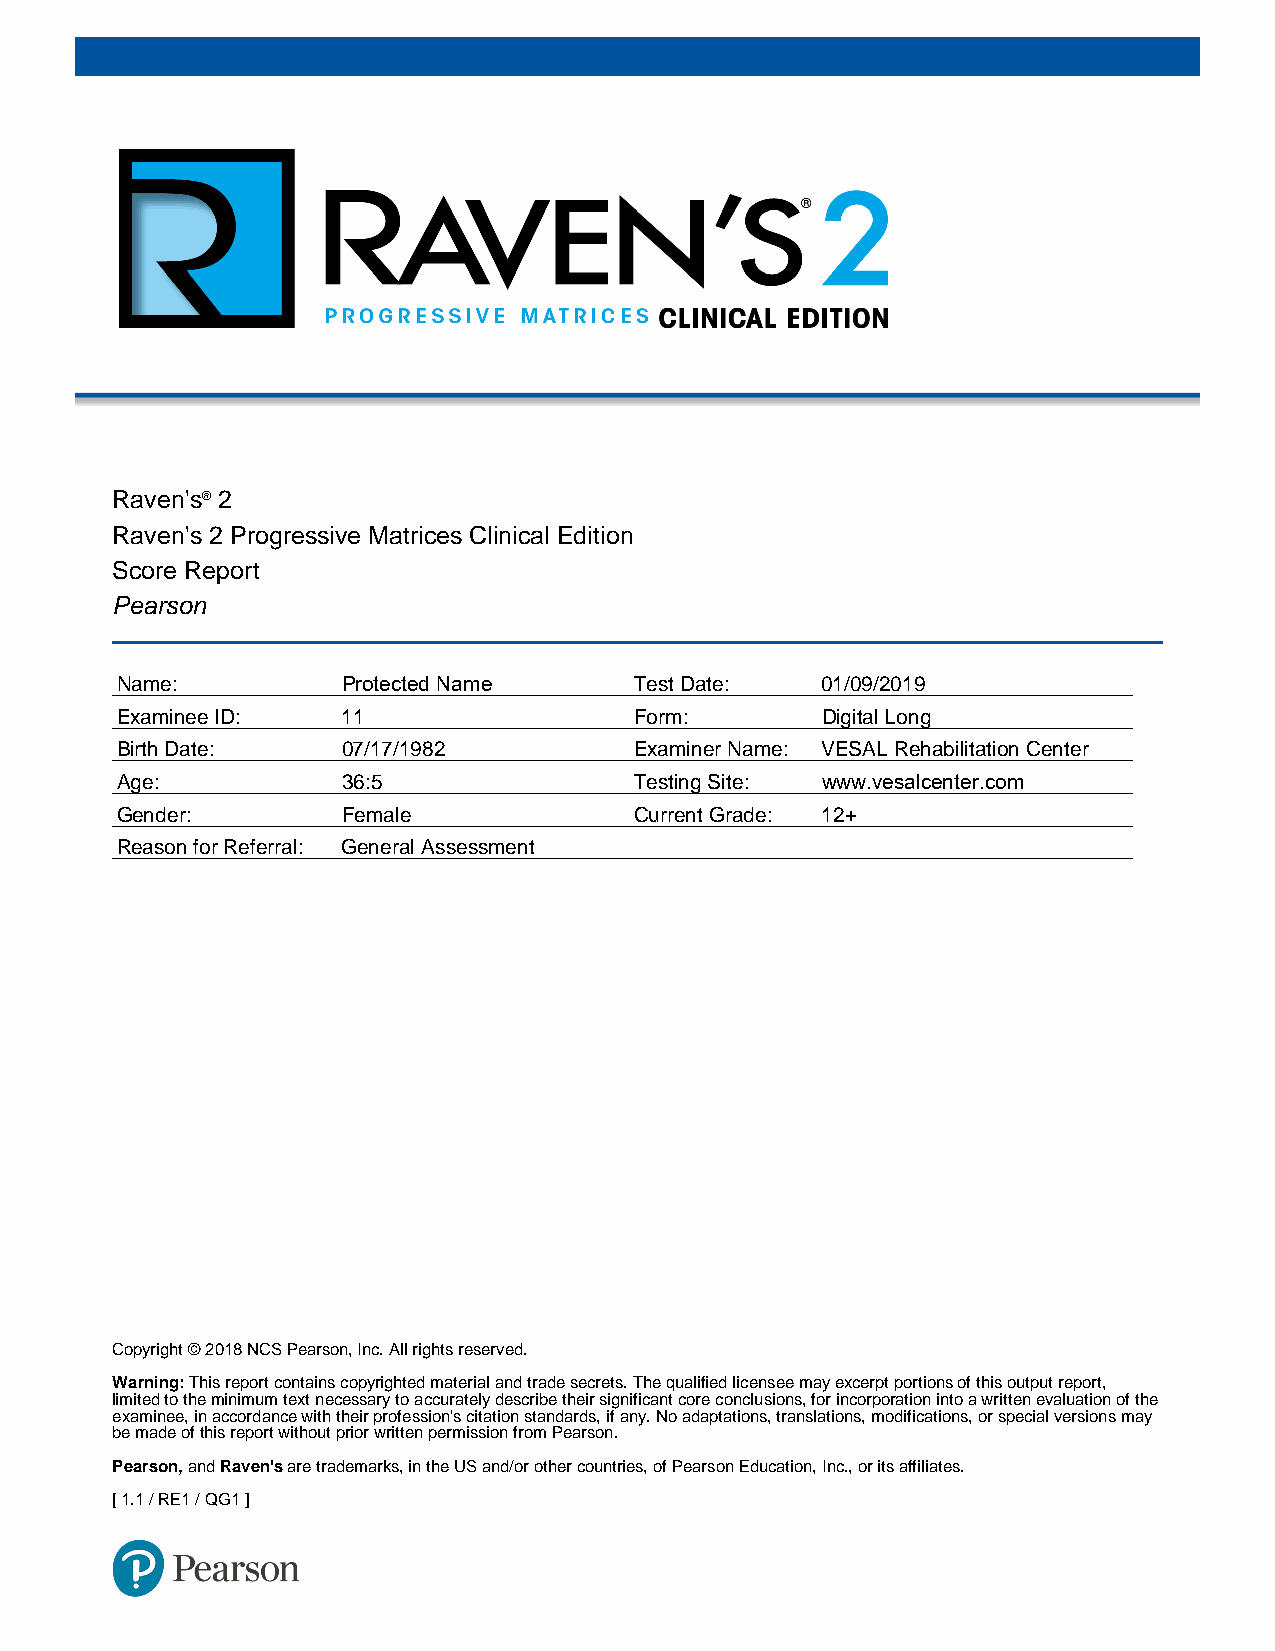
R aven's® 2
 R aven's 2 Progressive Matrices Clinical Edition
 S core Report
 Pearson
 Name:          Protected Name     Test Date:  01/09/2019
 Examinee ID:   11                 Form:       Digital Long
 Birth Date:    07/17/1982         Examiner Name: VESAL Rehabilitation Center
 Age:           36:5               Testing Site: www.vesalcenter.com
 Gender:        Female             Current Grade: 12+
 Reason for Referral: General Assessment
 Copyright © 2018 NCS Pearson, Inc. All rights reserved.
 Warning: This report contains copyrighted material and trade secrets. The qualified licensee may excerpt portions of this output report,
 limited to the minimum text necessary to accurately describe their significant core conclusions, for incorporation into a written evaluation of the
 examinee, in accordance with their profession's citation standards, if any. No adaptations, translations, modifications, or special versions may
 be made of this report without prior written permission from Pearson.
 Pearson, and Raven's are trademarks, in the US and/or other countries, of Pearson Education, Inc., or its affiliates.
 [ 1.1 / RE1 / QG1 ]